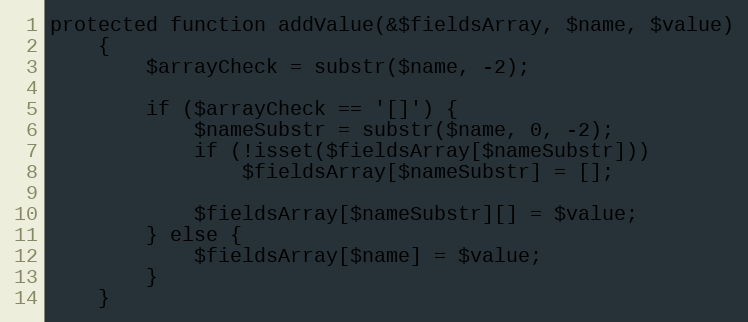
Language: PHP
protected function addValue(&$fieldsArray, $name, $value)
    {
        $arrayCheck = substr($name, -2);

        if ($arrayCheck == '[]') {
            $nameSubstr = substr($name, 0, -2);
            if (!isset($fieldsArray[$nameSubstr]))
                $fieldsArray[$nameSubstr] = [];

            $fieldsArray[$nameSubstr][] = $value;
        } else {
            $fieldsArray[$name] = $value;
        }
    }